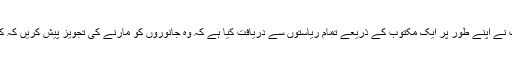
وہ کہتی ہیں کہ وزارت ماحولیات نے اپنے طور پر ایک مکتوب کے ذریعے تمام ریاستوں سے دریافت کیا ہے کہ وہ جانوروں کو مارنے کی تجویز پیش کریں کہ کون سا جانور نقصاندہ ہو رہا ہے۔